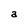
Character: a